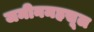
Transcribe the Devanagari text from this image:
जमीनमहसूल